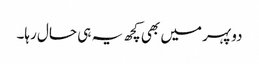
دوپہر میں بھی کچھ یہ ہی حال رہا۔